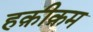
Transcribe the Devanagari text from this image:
हक़ीक़म